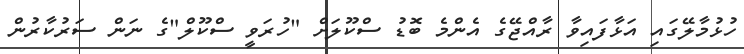
ހުޅުމާލޭގައި އަޅާފައިވާ ރާއްޖޭގެ އެންމެ ބޮޑު ސްކޫލަށް "ހުރަވީ ސްކޫލް"ގެ ނަން ސަރުކާރުން